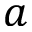
a